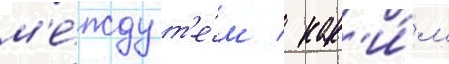
м'е́жду т'е́м / как'и́м